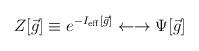
LaTeX: \begin{align*}Z[{\vec g}] \equiv e^{-I_{\rm eff}[{\vec g}]} \leftarrow\rightarrow \Psi [{\vec g}]\end{align*}